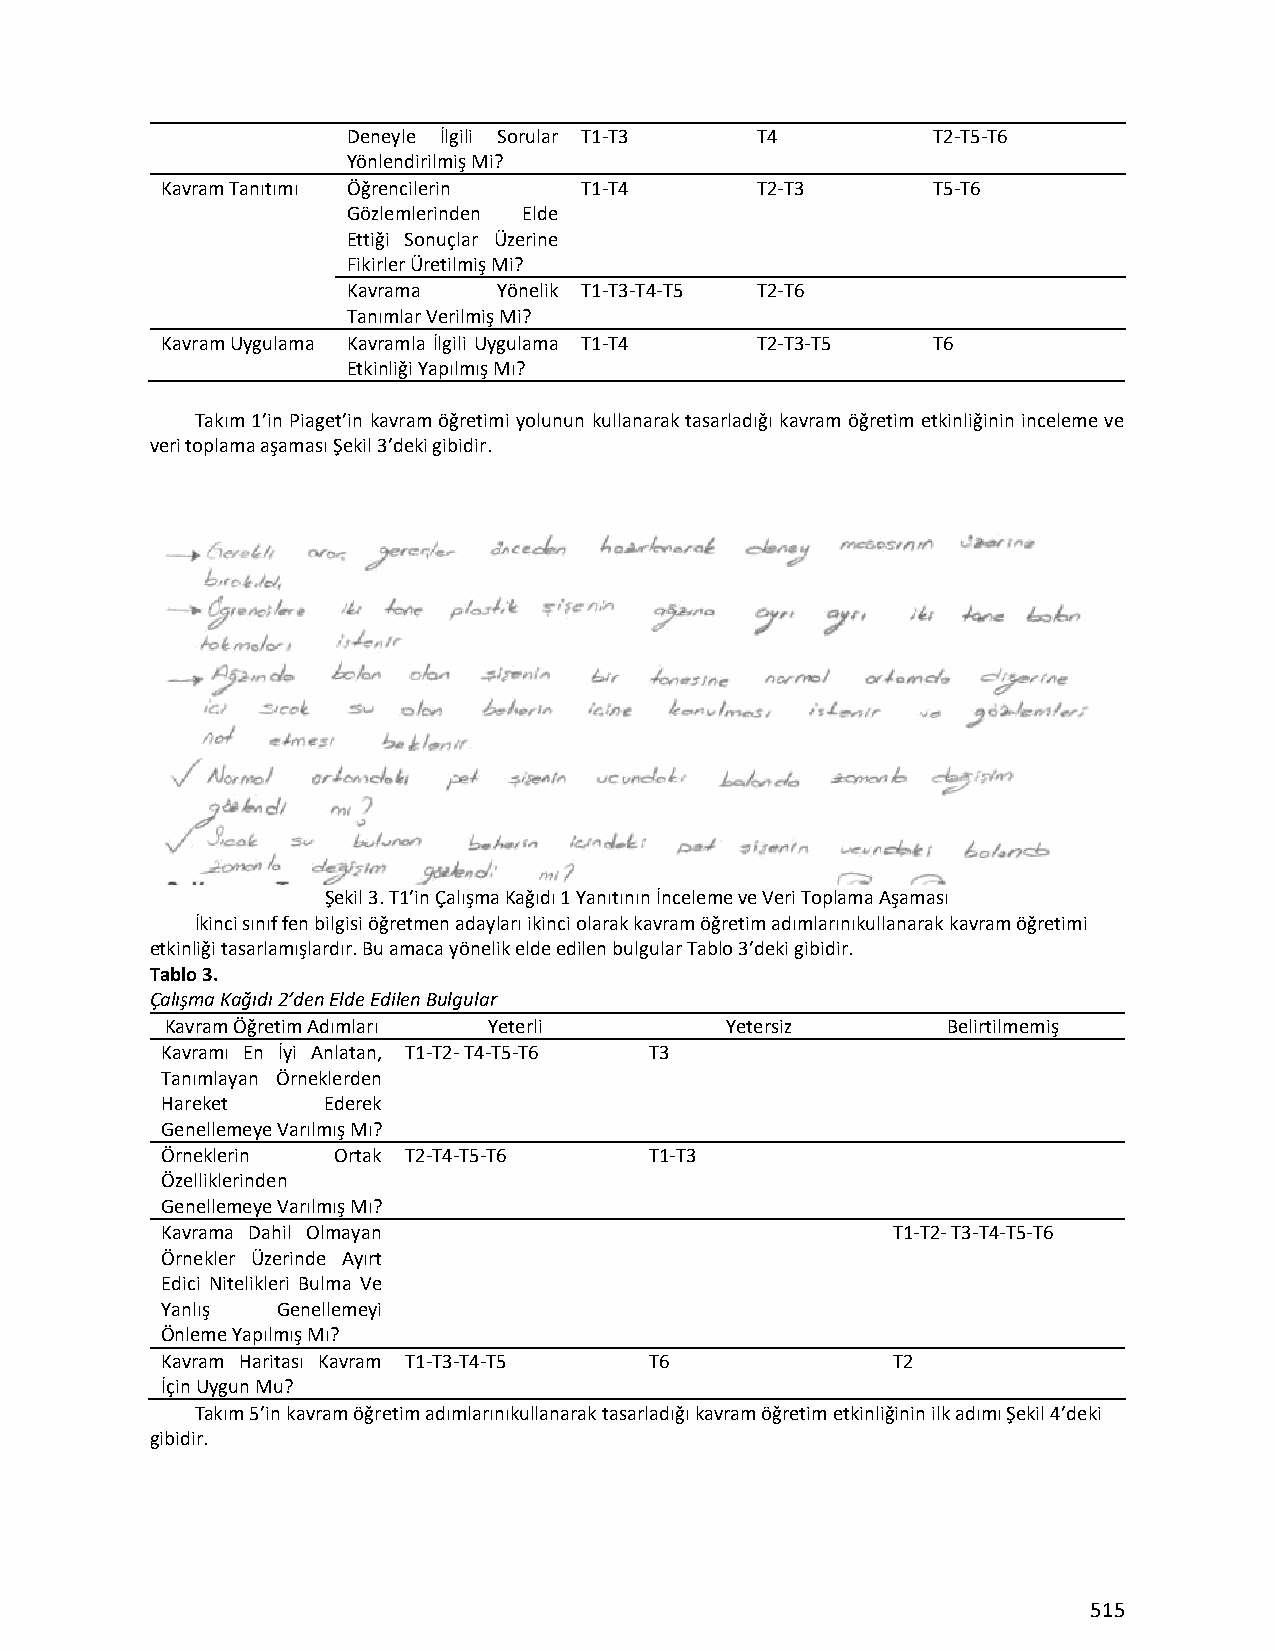
Deneyle İlgili Sorular T1-T3 T4        T2-T5-T6
 Yönlendirilmiş Mi?
 Kavram Tanıtımı Öğrencilerin T1-T4     T2-T3       T5-T6
 Gözlemlerinden Elde
 Ettiği Sonuçlar Üzerine
 Fikirler Üretilmiş Mi?
 Kavrama   Yönelik T1-T3-T4-T5 T2-T6
 Tanımlar Verilmiş Mi?
 Kavram Uygulama Kavramla İlgili Uygulama T1-T4 T2-T3-T5 T6
 Etkinliği Yapılmış Mı?
 Takım 1’in Piaget’in kavram öğretimi yolunun kullanarak tasarladığı kavram öğretim etkinliğinin inceleme ve
 veri toplama aşaması Şekil 3’deki gibidir.
 Şekil 3. T1’in Çalışma Kağıdı 1 Yanıtının İnceleme ve Veri Toplama Aşaması
 İkinci sınıf fen bilgisi öğretmen adayları ikinci olarak kavram öğretim adımlarınıkullanarak kavram öğretimi
 etkinliği tasarlamışlardır. Bu amaca yönelik elde edilen bulgular Tablo 3’deki gibidir.
 Tablo 3.
 Çalışma Kağıdı 2’den Elde Edilen Bulgular
 Kavram Öğretim Adımları Yeterli      Yetersiz       Belirtilmemiş
 Kavramı En İyi Anlatan, T1-T2- T4-T5-T6 T3
 Tanımlayan Örneklerden
 Hareket   Ederek
 Genellemeye Varılmış Mı?
 Örneklerin Ortak T2-T4-T5-T6    T1-T3
 Özelliklerinden
 Genellemeye Varılmış Mı?
 Kavrama Dahil Olmayan                           T1-T2- T3-T4-T5-T6
 Örnekler Üzerinde Ayırt
 Edici Nitelikleri Bulma Ve
 Yanlış Genellemeyi
 Önleme Yapılmış Mı?
 Kavram Haritası Kavram T1-T3-T4-T5 T6           T2
 İçin Uygun Mu?
 Takım 5’in kavram öğretim adımlarınıkullanarak tasarladığı kavram öğretim etkinliğinin ilk adımı Şekil 4’deki
 gibidir.
 515